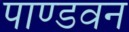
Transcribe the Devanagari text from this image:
पाण्डवन